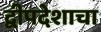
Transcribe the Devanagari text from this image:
द्वीपदेशाचा